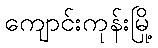
ကျောင်းကုန်းမြို့